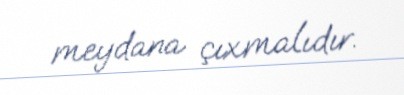
meydana çıxmalıdır.